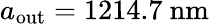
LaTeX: a_{\mathrm{out}}=1214.7\ \mathrm{nm}